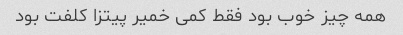
همه چیز خوب بود فقط کمی خمیر پیتزا کلفت بود